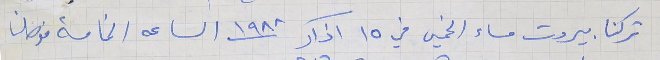
تركنا بيروت مساء الخميس في ١٥ اذار ١٩٨٨ الساعه الخامسة فوصلنا